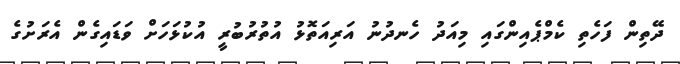
ދޭތިން ފަހެތި ކެމްޕެއިންގައި މިއަދު ހެނދުނު އަރިއަތޮޅު އުތުރުބުރީ އުކުޅަހަށް ވަޑައިގެން އެރަށުގެ